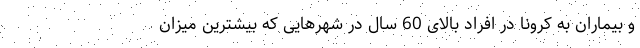
و بیماران به کرونا در افراد بالای 60 سال در شهرهایی که بیشترین میزان